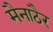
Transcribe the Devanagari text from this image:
मैनाठैर